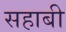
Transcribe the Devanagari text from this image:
सहाबी